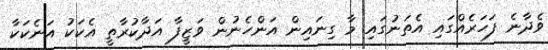
ވެދާނެ ފަހަރެއްގައި އެތަނުގައި މާ ގިނައިން އަންހެނުން ވަޒީފާ އަދާކުރާތީ އެކަކު އަނެކަކާ